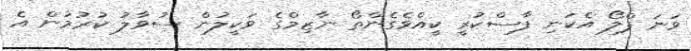
ވަނަ ފްލޯ އެކަނި ފާސްކުރީ ކީއްވެގެންތޯ ނާޒިމްގެ ވަކީލުން ސުވާލު ކުރުމުން އެ